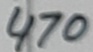
Text: 470